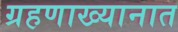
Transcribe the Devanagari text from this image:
ग्रहणाख्यानात